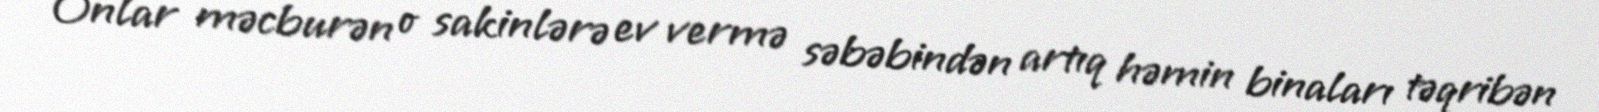
Onlar məcburən o sakinlərə ev vermə səbəbindən artıq həmin binaları təqribən